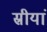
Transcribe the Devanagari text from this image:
स्रीयां